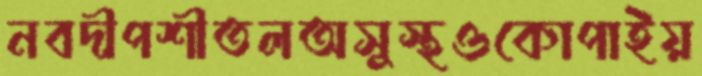
নবদীপশীতলঅসুস্থওকোপাইয়